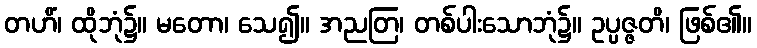
တဟိံ၊ ထိုဘုံ၌။ မတော၊ သေ၍။ အညတြ၊ တစ်ပါးသောဘုံ၌။ ဥပ္ပဇ္ဇတိ၊ ဖြစ်၏။